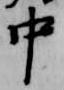
中